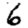
Digit: 6